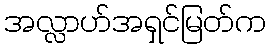
အလ္လာဟ်အရှင်မြတ်က